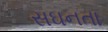
સઘનતા